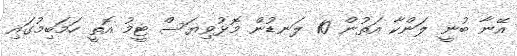
އޭނާ ބުނީ ލަންކާ އަތުން 10 ލަނޑުން މޮޅުވިޔަސް ޓީމު އޮތީ ހަމަބިމުގައި